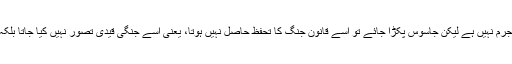
جہاں تک ”جاسوسی“ کا تعلق ہے ، تو قانونِ جنگ کی رو سے جاسوسی کوئی جرم نہیں ہے لیکن جاسوس پکڑا جائے تو اسے قانونِ جنگ کا تحفظ حاصل نہیں ہوتا، یعنی اسے جنگی قیدی تصور نہیں کیا جاتا بلکہ پکڑنے والی ریاست اس کے ساتھ اپنے ریاستی قانون کے تحت ہی نمٹتی ہے۔